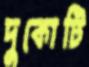
দুকোটি